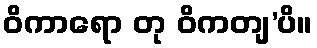
ဝိကာရော တု ဝိကတျ’ပိ။